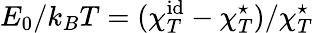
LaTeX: E_{0}/k_{B}T=(\chi_{T}^{\mathrm{id}}-\chi_{T}^{\star})/\chi_{T}^{\star}